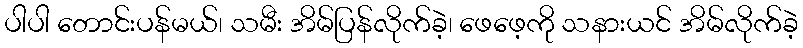
ပါပါ တောင်းပန်မယ်၊ သမီး အိမ်ပြန်လိုက်ခဲ့၊ ဖေဖေ့ကို သနားယင် အိမ်လိုက်ခဲ့